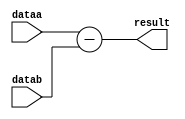
module subrel
(
	input [5:0] dataa, //PC(6) 
	input [2:0] datab, //IR 2-0 
	output [5:0] result
);
	assign result = dataa - datab;
endmodule